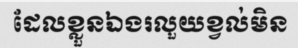
ដែលខ្លួនឯងរលួយខ្វល់មិន